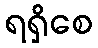
ရရှိစေ